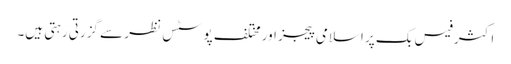
اکثر فیس بک پر اسلامی پیجز اور مختلف پوسٹس نظر سے گزرتی رہتی ہیں۔